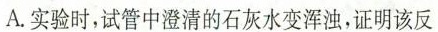
A.实验时，试管中澄清的石灰水变浑浊，证明该反